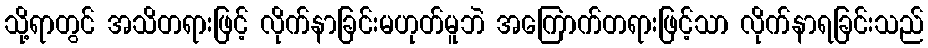
သို့ရာတွင် အသိတရားဖြင့် လိုက်နာခြင်းမဟုတ်မူဘဲ အကြောက်တရားဖြင့်သာ လိုက်နာရခြင်းသည်